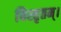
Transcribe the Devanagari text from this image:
विस्तृतम्।